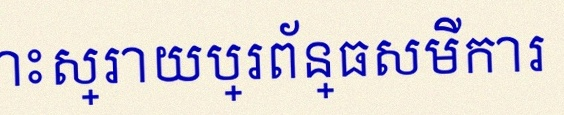
ដោះស្រាយប្រព័ន្ធសមីការ